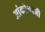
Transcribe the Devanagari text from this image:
आंकोलाजी